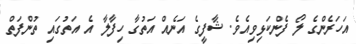
އަހަރެންގެ ލޯ ފެންކަޅިވިއެވެ. ޝާފީގެ އަނެއް އަތުގާ ހިފާލާ އެ އަތުގައި ތުންފަތް